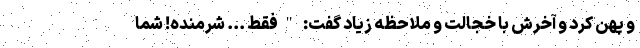
و پهن کرد و آخرش با خجالت و ملاحظه زیاد گفت: "فقط ... شرمنده! شما